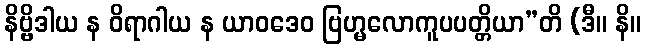
နိဗ္ဗိဒါယ န ဝိရာဂါယ န ယာဝဒေဝ ဗြဟ္မလောကူပပတ္တိယာ”တိ (ဒီ။ နိ။